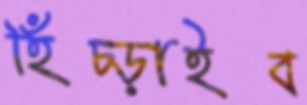
হিঁচ্‌ড়াইব